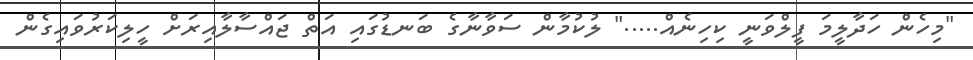
"މިހެން ހަދާލީމަ ފީލްވަނީ ކިހިނެއް....." ލުކުމާން ސަވާނާގެ ބަނޑުގައި އަތް ޖައްސާލާއިރަށް ހީލިކަރުވައިގެން